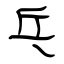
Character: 乓